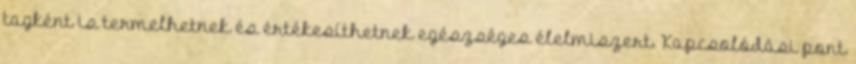
tagként is termelhetnek és értékesíthetnek egészséges élelmiszert. Kapcsolódási pont